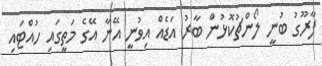
ފާރޫގު ބުނީ ލޯންޗުކޮޅުން ބާރު އަޑެއް އިވުނީ އޭނާ އޭގެ މަތީގައި ހުއްޓައި